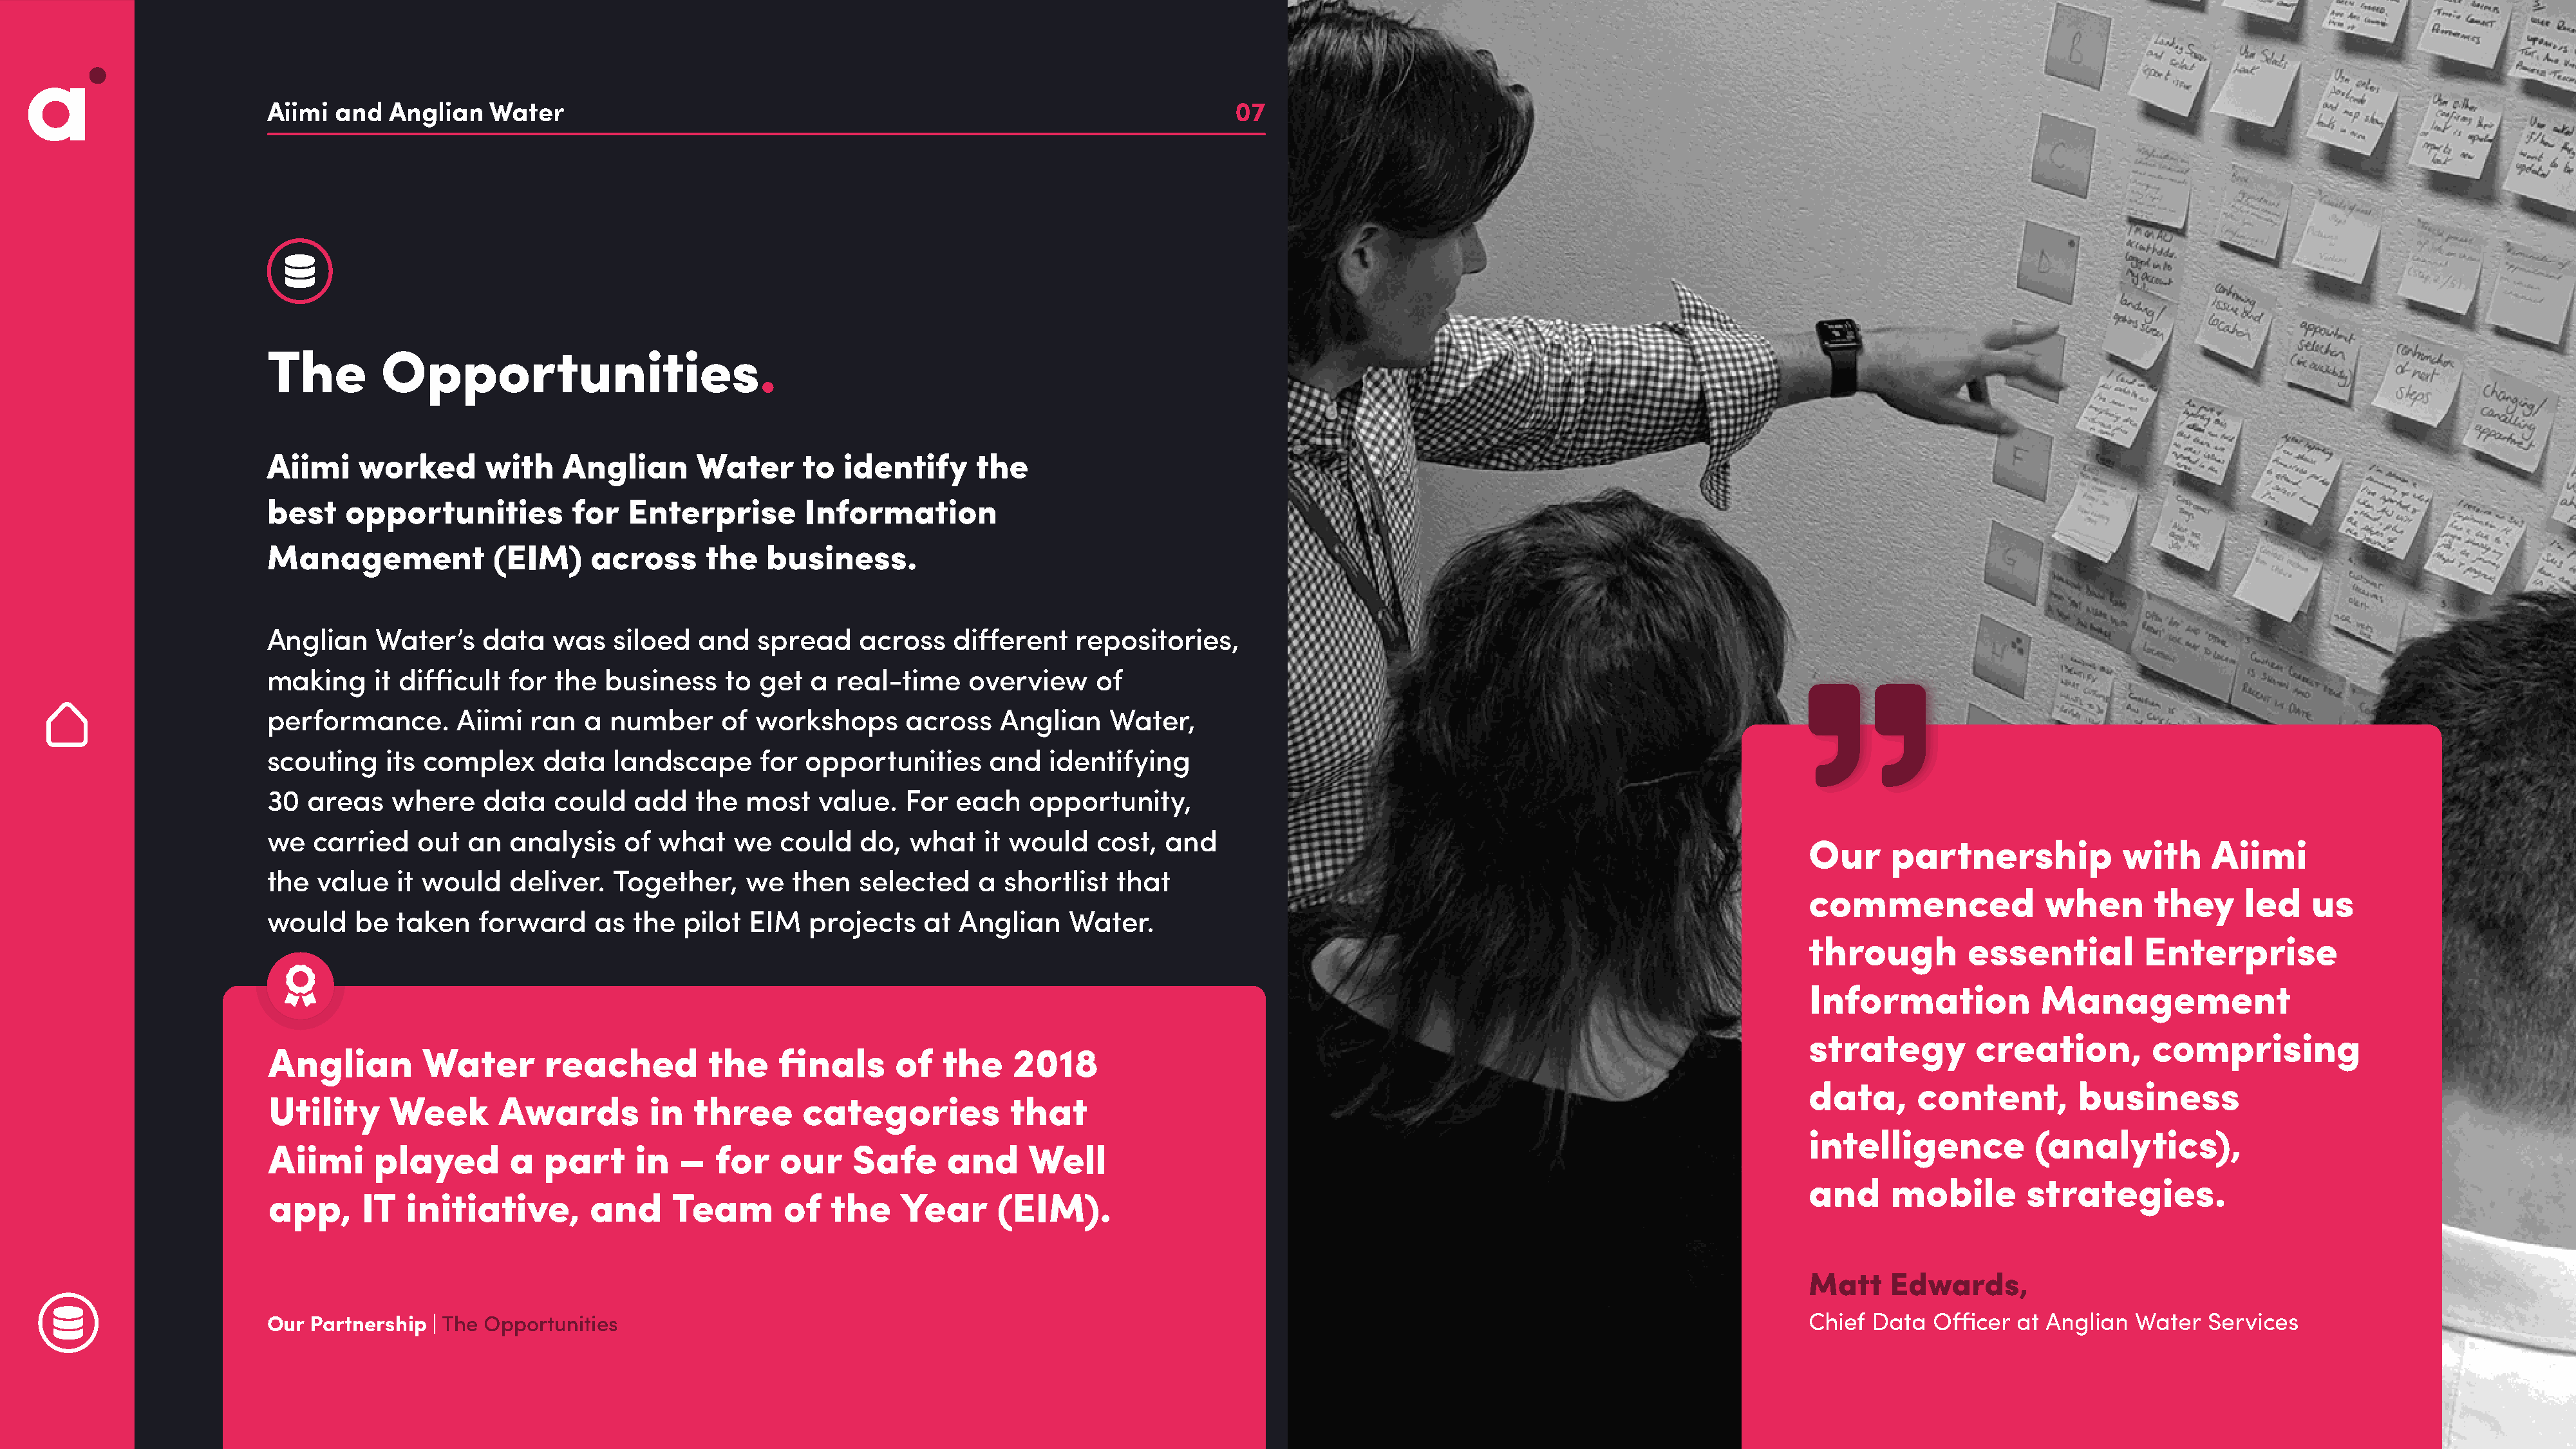
Aiimi  and   Anglian   Water                                                                        07
 The         Opportunities.
 Aiimi     worked       with    Anglian       Water     to   identify     the
 best    opportunities           for   Enterprise        Information
 Management              (EIM)     across      the   business.
 Anglian     Water’s    data   was   siloed   and   spread    across    different    repositories,
 making     it difficult  for  the  business     to get  a  real-time     overview     of
 performance.        Aiimi   ran  a  number     of  workshops      across    Anglian    Water,
 scouting     its complex     data   landscape      for  opportunities      and   identifying
 30   areas   where     data   could   add   the   most   value.   For  each    opportunity,
 we   carried    out  an  analysis    of  what   we   could   do,  what    it would    cost,  and
 Our     partnership             with     Aiimi
 the   value   it would   deliver.   Together,     we  then   selected     a shortlist   that
 commenced               when       they      led    us
 would     be  taken   forward     as  the  pilot  EIM   projects    at  Anglian    Water.
 through         essential         Enterprise
 Information             Management
 strategy         creation,         comprising
 Anglian        Water        reached          the    finals      of   the    2018
 data,      content,         business
 Utility     Week       Awards          in  three      categories            that
 intelligence           (analytics),
 Aiimi     played        a   part     in   –   for   our     Safe     and      Well
 and     mobile        strategies.
 app,     IT   initiative,        and     Team        of  the     Year      (EIM).
 Matt    Edwards,
 Our  Partnership | The Opportunities                                                                                                                           Chief Data   Officer at Anglian   Water  Services